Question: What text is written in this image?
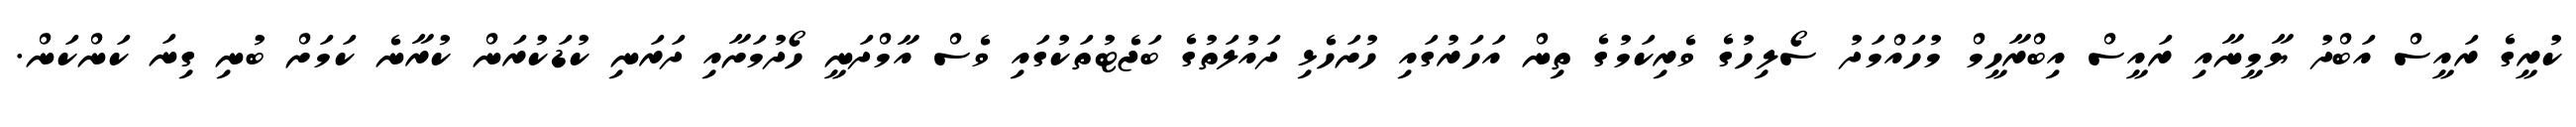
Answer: ކުރީގެ ރައީސް އަބްދު ޔާމީނާއި ރައީސް އިބްރާހީމް މުހައްމަދު ސޯލިހުގެ ވެރިކަމުގެ ތިން އަހަރުގައި ހުށަހެޅި ދައުލަތުގެ ބަޖެޓުތަކުގައި ވެސް އާމްދަނީ ހޯދުމަށާއި ދަރަނި ކުޑަކުރަން ކުރާނެ ކަމަށް ބުނި ގިނަ ކަންކަން.